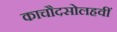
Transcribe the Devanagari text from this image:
काचौदसोलहवीं